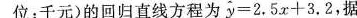
位：千元)的回归直线方程为$$y = 2 . 5 x + 3 . 2$$，据